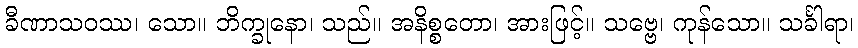
ခီဏာသဝဿ၊ သော။ ဘိက္ခုနော၊ သည်။ အနိစ္စတော၊ အားဖြင့်။ သဗ္ဗေ၊ ကုန်သော။ သင်္ခါရာ၊